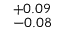
^ { + 0 . 0 9 } _ { - 0 . 0 8 }